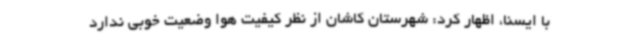
با ایسنا، اظهار کرد: شهرستان کاشان از نظر کیفیت هوا وضعیت خوبی ندارد